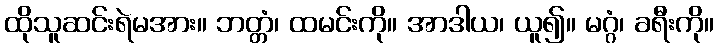
ထိုသူဆင်းရဲမအား။ ဘတ္တံ၊ ထမင်းကို။ အာဒါယ၊ ယူ၍။ မဂ္ဂံ၊ ခရီးကို။